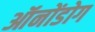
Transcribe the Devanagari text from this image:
ऑनोंडोग